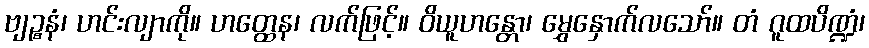
ဗျဉ္စနံ၊ ဟင်းလျာကို။ ဟတ္ထေန၊ လက်ဖြင့်။ ဝိယူဟန္တော၊ မွှေနှောက်လသော်။ တံ ဂူထပိဏ္ဍံ၊